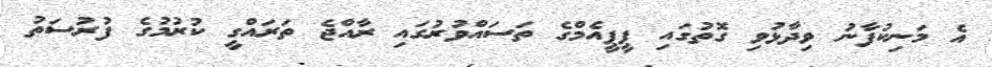
އެ މަނިކުފާނު ވިދާޅުވި ގޮތުގައި ޕީޕީއެމްގެ ތަސައްވުރުގައި ރާއްޖެ ތަރައްގީ ކުރުމުގެ ފުރުސަތު